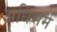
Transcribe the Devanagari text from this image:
अधिभर्म